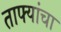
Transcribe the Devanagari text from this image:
ताफ्यांचा